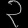
Digit: ၃